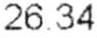
26.34